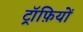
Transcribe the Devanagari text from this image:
ट्रॉफ़ियों